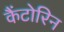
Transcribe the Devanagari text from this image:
कैंटोरिन